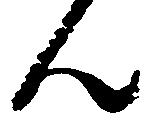
ん